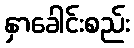
နှာခေါင်းစည်း